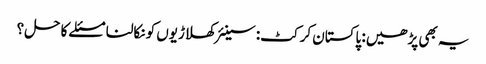
یہ بھی پڑھیں: پاکستان کرکٹ: سینئر کھلاڑیوں کو نکالنا مسئلے کا حل؟